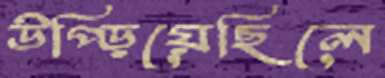
উপ্‌ড়িয়েছিলে